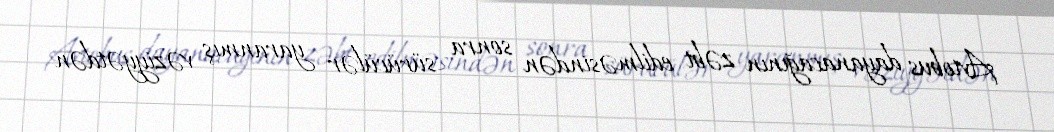
Avtobus dayanacağının zəbt edilməsindən sonra sürücülər yaranmış vəziyyətdən